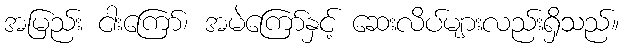
အမြည်း ငါးကြော်၊ အမဲကြော်နှင့် ဆေးလိပ်များလည်းရှိသည်။